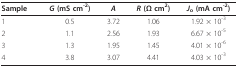
<table><thead><tr><td><b>Sample</b></td><td><b><i>G </i>(mS cm<sup>-2</sup>)</b></td><td><b><i>A</i></b></td><td><b><i>R </i>(Ω cm<sup>2</sup>)</b></td><td><b><i>J</i><sub>o </sub>(mA cm<sup>-2</sup>)</b></td></tr></thead><tbody><tr><td>1</td><td>0.5</td><td>3.72</td><td>1.06</td><td>1.92 × 10<sup>-3</sup></td></tr><tr><td>2</td><td>1.1</td><td>2.56</td><td>1.93</td><td>6.67 × 10<sup>-5</sup></td></tr><tr><td>3</td><td>1.3</td><td>1.95</td><td>1.45</td><td>4.01 × 10<sup>-6</sup></td></tr><tr><td>4</td><td>3.8</td><td>3.07</td><td>4.41</td><td>4.03 × 10<sup>-3</sup></td></tr></tbody></table>